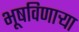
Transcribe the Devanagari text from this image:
भूषविणार्‍या